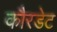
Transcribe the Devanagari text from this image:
कौरडेट